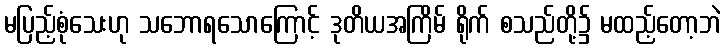
မပြည့်စုံသေးဟု သဘောရသောကြောင့် ဒုတိယအကြိမ် ရိုက် စသည်တို့၌ မထည့်တော့ဘဲ